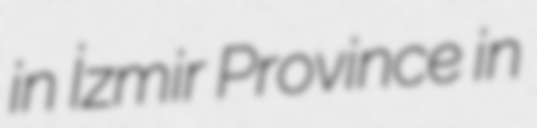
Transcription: in İzmir Province in